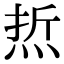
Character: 焎